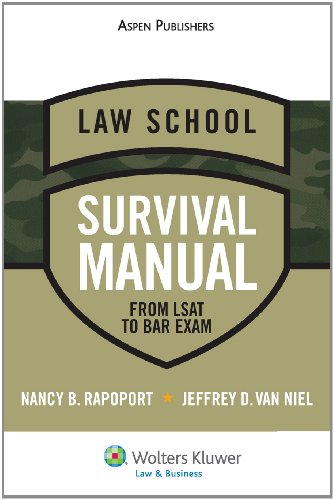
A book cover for Law School Survival Manual; Nancy B. Rapoport; Test Preparation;